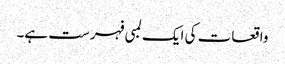
واقعات کی ایک لمبی فہرست ہے۔